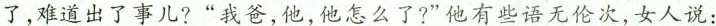
了,难道出了事儿?“我爸,他,他怎么了?”他有些语无伦次,女人说：